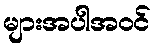
များအပါအဝင်